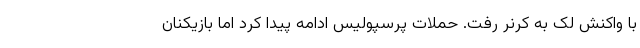
با واکنش لک به کرنر رفت. حملات پرسپولیس ادامه پیدا کرد اما بازیکنان